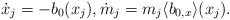
LaTeX: \begin{align*}\dot x_j=-b_0(x_j), \dot m_j=m_j \langle b_{0,x} \rangle (x_j). \end{align*}